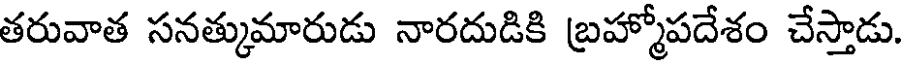
తరువాత సనత్కుమారుడు నారదుడికి బ్రహ్మోపదేశం చేస్తాడు.